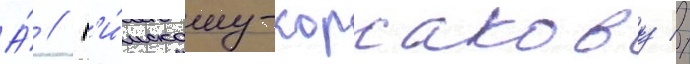
А́ // Р'и́мскому-корсакову //